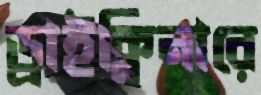
ড্রাইক্লিনারে